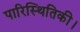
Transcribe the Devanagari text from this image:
पारिस्थितिकी।